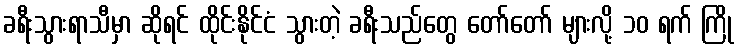
ခရီးသွားရာသီမှာ ဆိုရင် ထိုင်းနိုင်ငံ သွားတဲ့ ခရီးသည်တွေ တော်တော် များလို့ ၁၀ ရက် ကြို